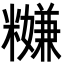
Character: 𥽎